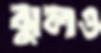
ঝুলও